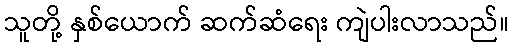
သူတို့ နှစ်ယောက် ဆက်ဆံရေး ကျဲပါးလာသည်။